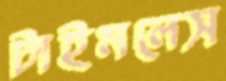
টাইমলেস